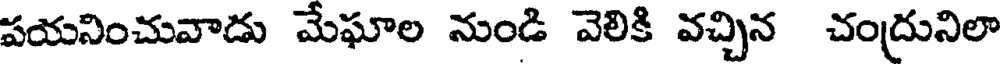
పయనించువాడు మేఘాల నుండి వెలికి వచ్చిన చంద్రునిలా